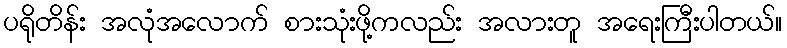
ပရိုတိန်း အလုံအလောက် စားသုံးဖို့ကလည်း အလားတူ အရေးကြီးပါတယ်။